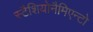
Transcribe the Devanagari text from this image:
स्टैशियोनैमिएन्टो